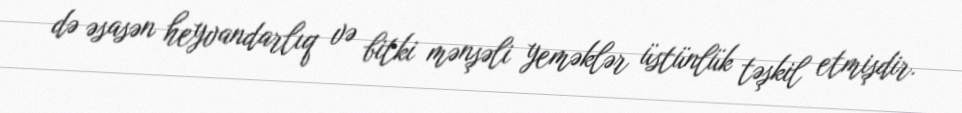
də əsasən heyvandarlıq və bitki mənşəli yeməklər üstünlük təşkil etmişdir.